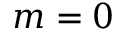
m = 0